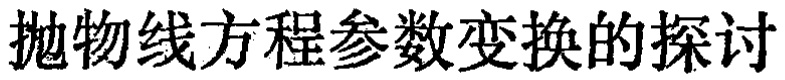
抛物线方程参数变换的探讨